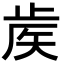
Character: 𥎼